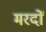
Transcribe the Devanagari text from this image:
मरदों